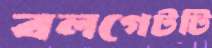
বলগেটটি